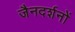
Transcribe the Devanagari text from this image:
जैनदर्शनों